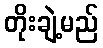
တိုးချဲ့မည်